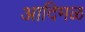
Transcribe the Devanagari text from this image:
आदिमळ